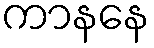
ကာနနေ